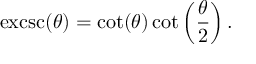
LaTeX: \operatorname { e x c s c } ( \theta ) = \cot ( \theta ) \cot \left( { \frac { \theta } { 2 } } \right) .